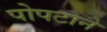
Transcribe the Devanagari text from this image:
पोपटाने